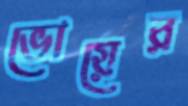
ভোয়ের